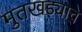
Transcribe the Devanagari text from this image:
मुतखड्याचे